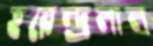
হরেন্দ্রলাল